Kohila_vallavalitsus, lk 93
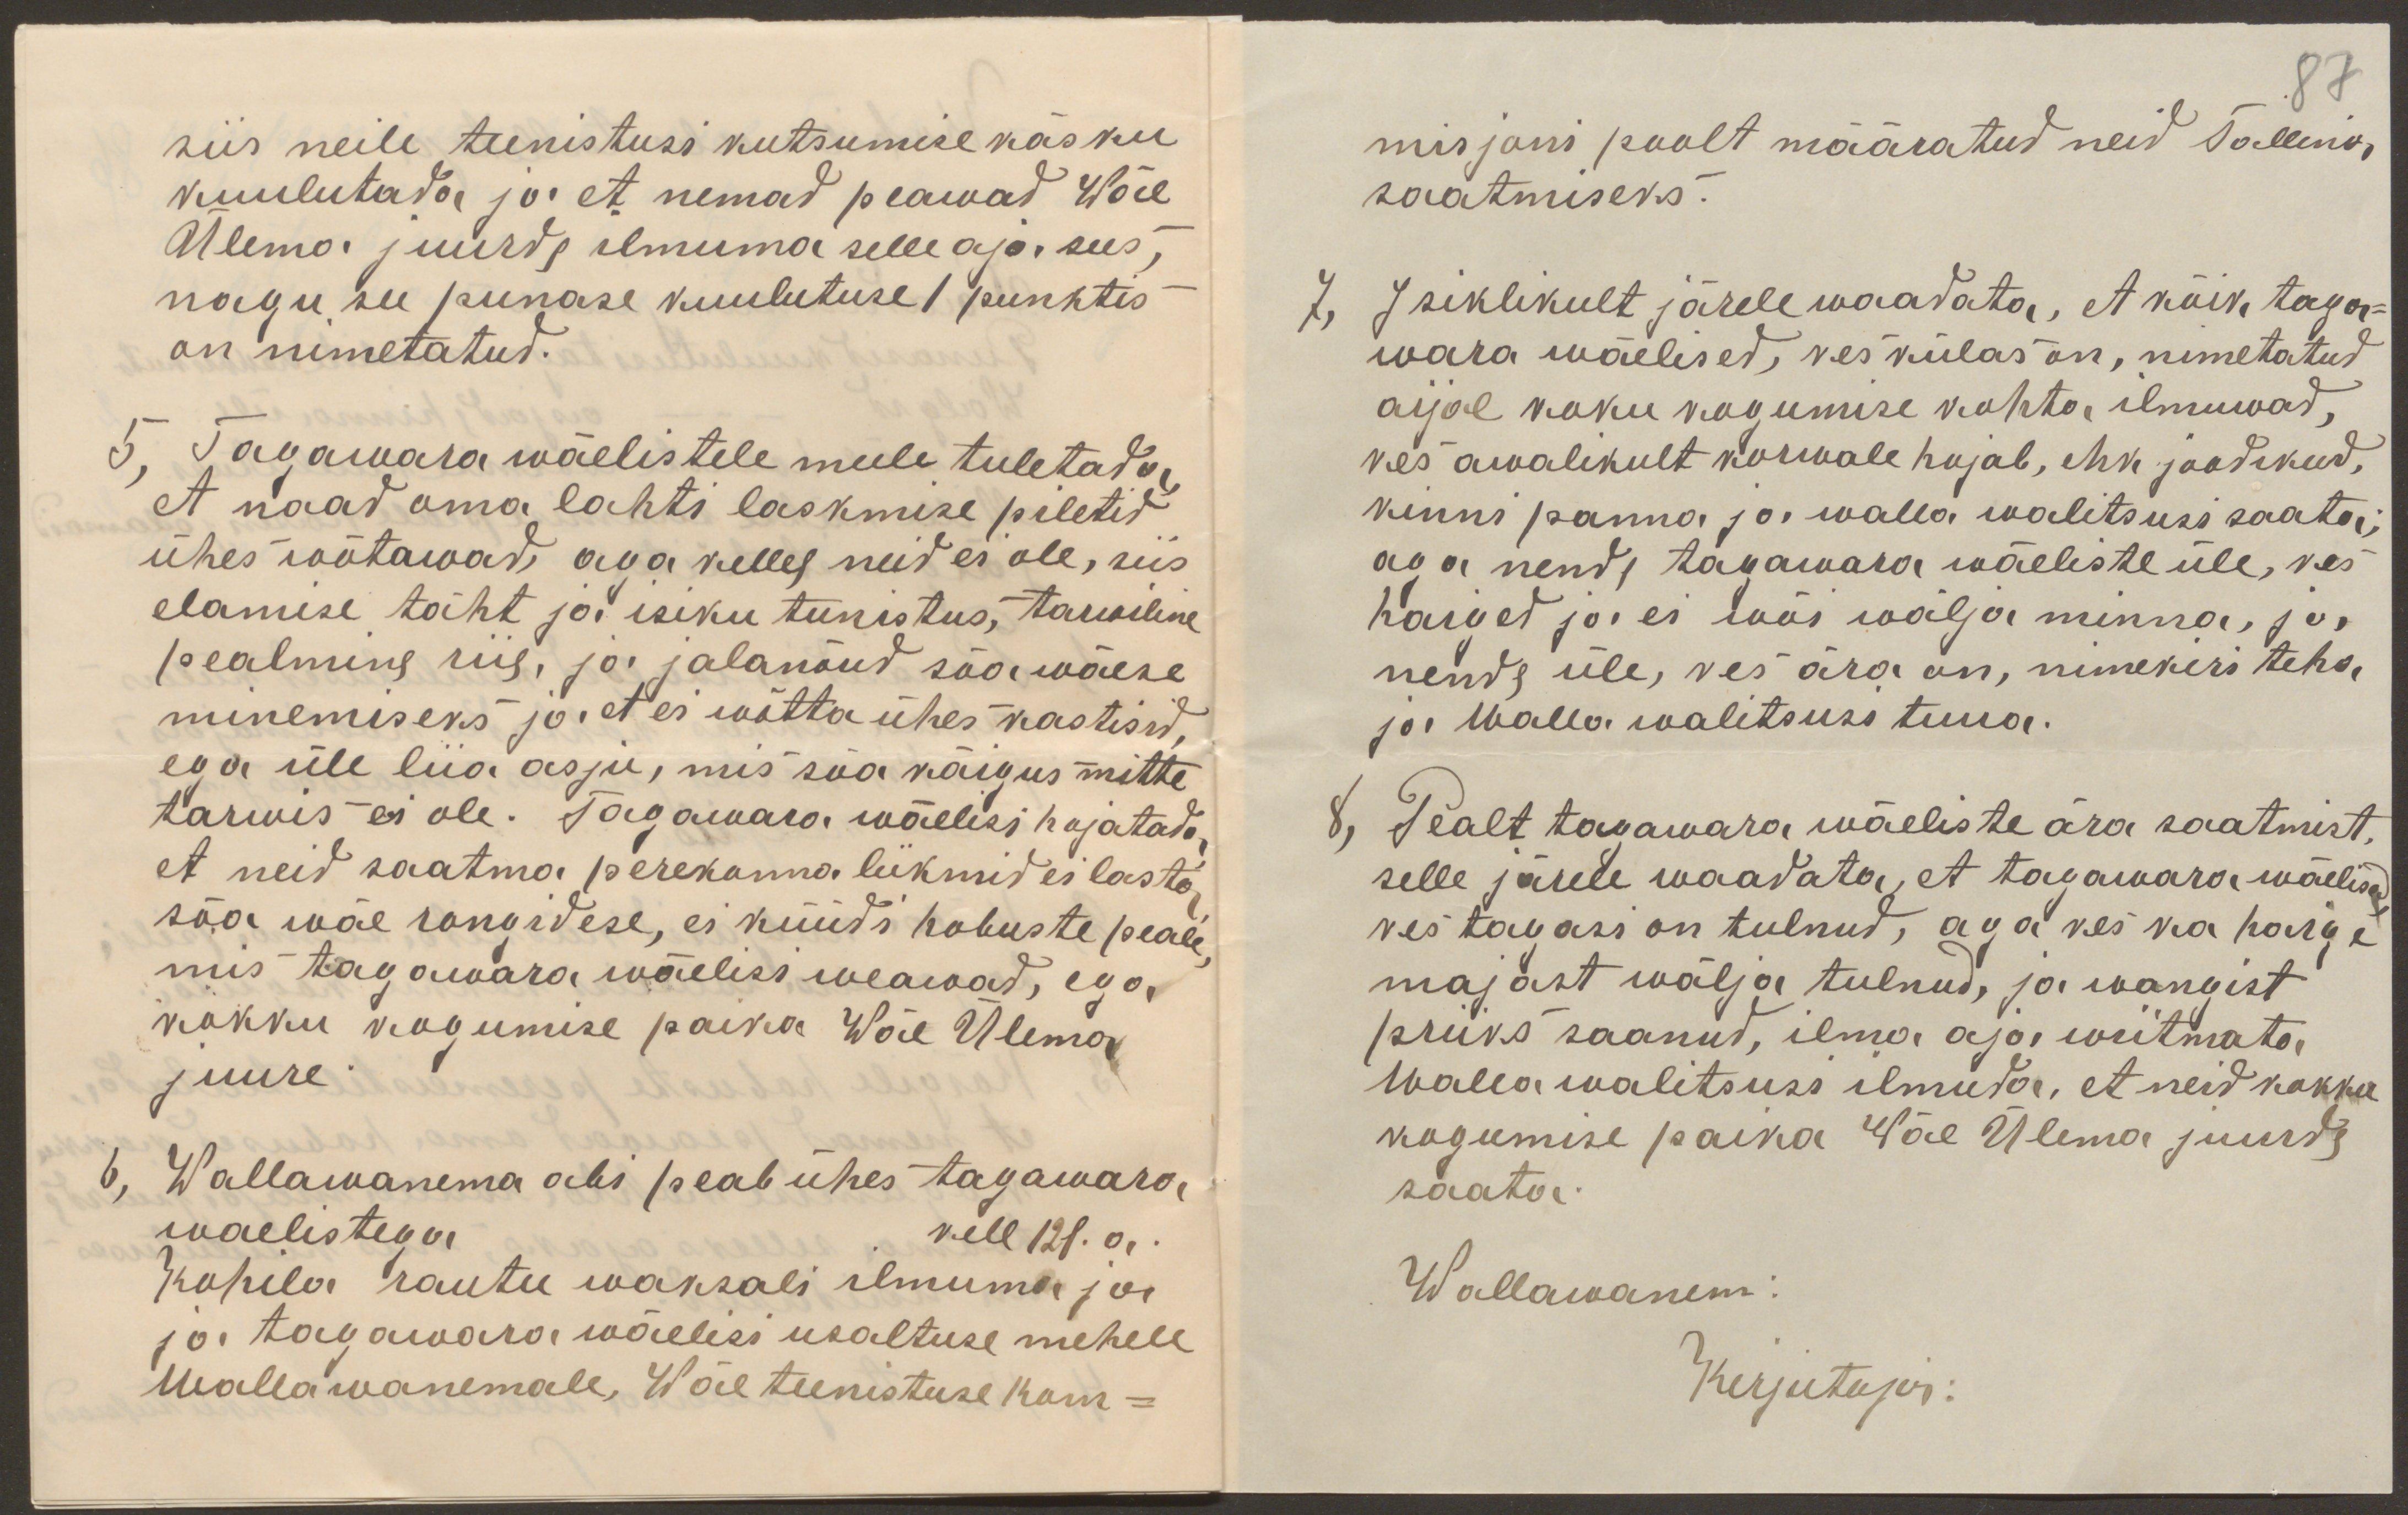
siis neile teenistusi kutsumise käsku
kuulutada ja et nemad peawad Wäe
Ülema juurde ilmuma selle aja sees
nagu see punase kuulutuse 1 punktis
on nimetatud.
5, Tagawara wäelistele meele tuletada
et naad oma lahti laskmise piletid
ühes wõtawad, aga kellel neid ei ole, siis
elamise täht ja isiku tunistus, tarwiline
pealmine riie, ja jalanõud sõawäese
minemiseks ja, et ei wõtta ühes kastisid,
ega üle liia asju, mis sõa käigus mitte
tarwis ei ole. Tagawara wäelisi hojatada
et neid saatma perekonna liikmid ei lasta
sõa wäe rongidese, ei küüdi hobuste peale
mis tagawara wäelisi weawad, ega
kokku kogumise paika Wäe Ülema
juure
6, Wallawanema abi peab ühes tagawara-
waelistega kell 12l. a.
Kohila rautee waksali ilmuma ja
ja tagawara wäelisi usaltuse mehele
Wallawanemale, Wäe teenistuse kom-

87
misjoni poolt määratud neid Tallina
saatmiseks.
7, Isiklikult järelewaadata, et kõik taga-
wara wäelised, kes külas on, nimetatud
aijal koku kogumise kohta ilmuwad,
kes awalikult korwale hojab, ehk joodikud,
kinni panna ja walla walitsusi saata,
aga nende tagawara wäeliste üle, kes
haiged ja ei wõi wälja minna, ja,
nende üle, kes ära on, nimekiri teha,
ja Walla walitsusi tuua.
8, Pealt tagawara wäeliste ära saatmist,
selle järele waadata, et tagawara wäelised
kes tagasi on tulnud, aga kes ka haige
majast wälja tulnud, ja wangist
priiks saanud, ilma aja wiitmata
Walla walitsusi ilmuta, et neid kokku
kogumise paika Wäe Ülema juurde
saata.
Wallawanem:
Kirjutaja: